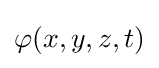
\varphi (x,y,z,t)